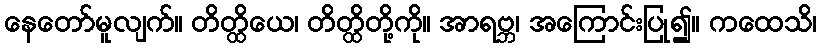
နေတော်မူလျက်။ တိတ္ထိယေ၊ တိတ္ထိတို့ကို။ အာရဗ္ဘ၊ အကြောင်းပြု၍။ ကထေသိ၊